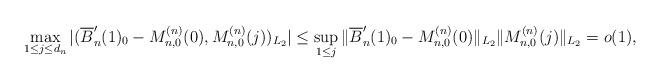
LaTeX: \begin{align*} \max_{1 \le j \le d_n} | ( \overline{B}_n'(1)_0 - M_{n,0}^{(n)}( 0 ), M_{n,0}^{(n)}( j ) )_{L_2} | \le \sup_{1 \le j} \| \overline{B}_n'(1)_0 - M_{n,0}^{(n)}( 0 ) \|_{L_2} \| M_{n,0}^{(n)}( j ) \|_{L_2} = o(1),\end{align*}